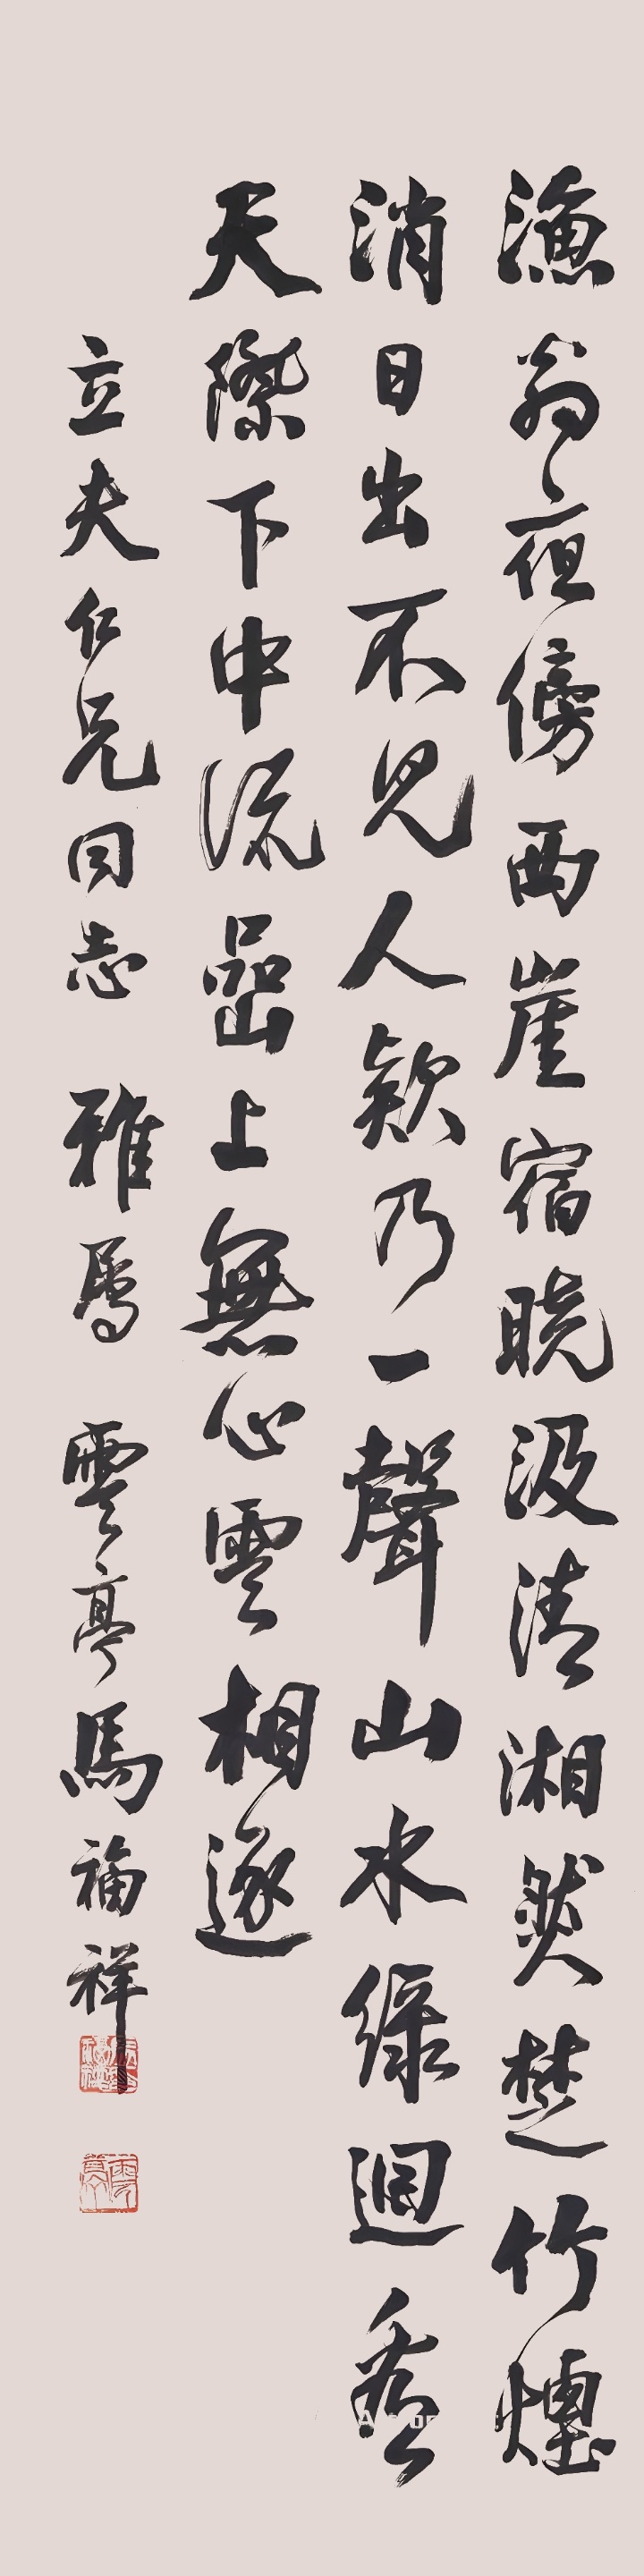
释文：渔翁夜傍西崖宿，晓汲清湘燃楚竹。烟消日出不见人，欸乃一声山水绿。回看天际下中流，岩上无心云相逐。立夫仁兄同志雅属，云亭马福祥。